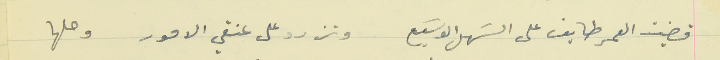
قضيت العمر طايف على السَهل الوسَيع                      وتزرد على عنقي الامور وحلها